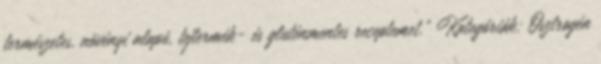
természetes, növényi alapú, tejtermék- és gluténmentes receptemet.” Kategóriák: Ösztrogén